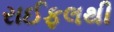
રાઈફલથી